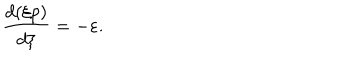
\frac { d ( \xi p ) } { d \xi } = - \varepsilon .